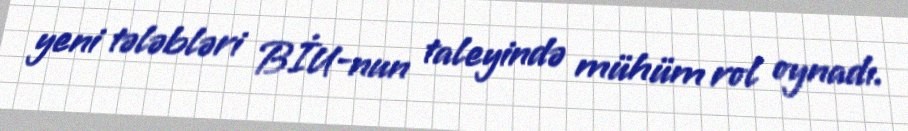
yeni tələbləri BİU-nun taleyində mühüm rol oynadı.